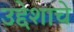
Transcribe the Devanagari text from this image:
उद्देशाचे